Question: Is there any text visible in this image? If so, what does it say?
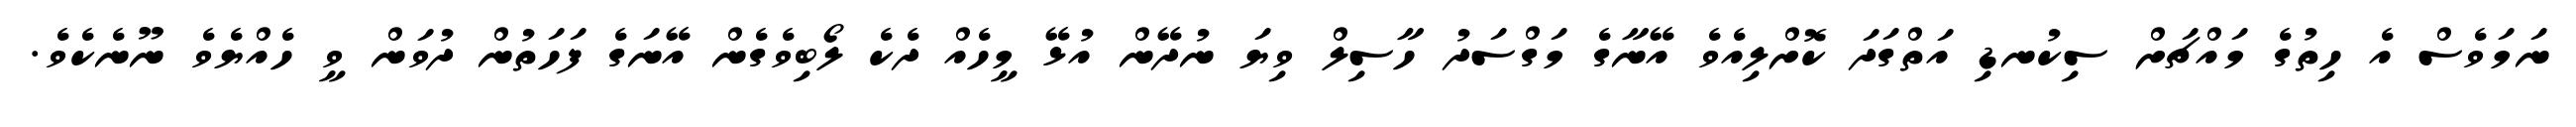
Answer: ނަމަވެސް އެ ހިތުގެ މައްޗަށް ސިކުނޑި އަތްގަދަ ކޮށްލިއެވެ އޭނާގެ މަގްސަދު ހާސިލް ވިޔަ ނުދޭން އުޅޭ މީހެއް ދެކެ ލޯބިވެގެން އޭނަގެ ފަހަތުން ދުވަން ވީ ހެއްޔެވެ ނޫނެކެވެ.